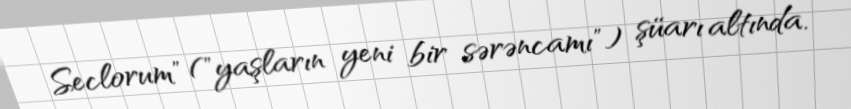
Seclorum" ("yaşların yeni bir sərəncamı") şüarı altında.